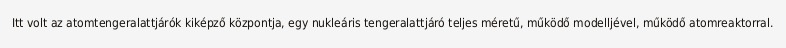
Itt volt az atomtengeralattjárók kiképző központja, egy nukleáris tengeralattjáró teljes méretű, működő modelljével, működő atomreaktorral.